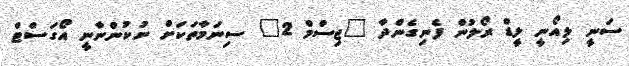
ސަނީ ލިއޯނީ ލީޑް ރޯލުން ފެނިގެންދާ "ޖިސްމް 2" ސިނަމާތަކަށް ނުކުންނާނީ އޯގަސްޓް